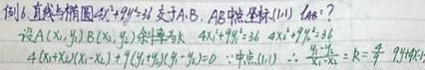
例6. 直线与椭圆\(4x^{2}+9y^{2}=36\)交于\(A,B\)，\(AB\)弦中点坐标\((1,1)\)，求\(k\)？设\(A(x_{1},y_{1})\)，\(B(x_{2},y_{2})\)，斜率为\(k\)，\(4x_{1}^{2}+9y_{1}^{2}=36\)，\(4x_{2}^{2}+9y_{2}^{2}=36\)，\(k = \frac{y_{1}-y_{2}}{x_{1}-x_{2}}\)，两式相减得。